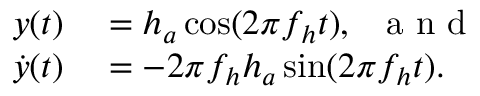
\begin{array} { r l } { { y } ( { t } ) } & { { } = h _ { a } \cos ( 2 \pi f _ { h } { t } ) , \; \; \mathrm { ~ a ~ n ~ d ~ } } \\ { \dot { { y } } ( { t } ) } & { { } = - 2 \pi f _ { h } h _ { a } \sin ( 2 \pi f _ { h } { t } ) . } \end{array}